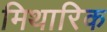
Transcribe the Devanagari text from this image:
मिथारिक